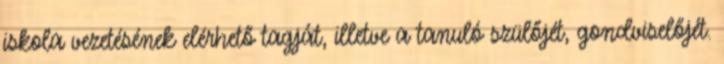
iskola vezetésének elérhető tagját, illetve a tanuló szülőjét, gondviselőjét.